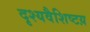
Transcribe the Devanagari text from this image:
दृश्यवैशिष्टय़